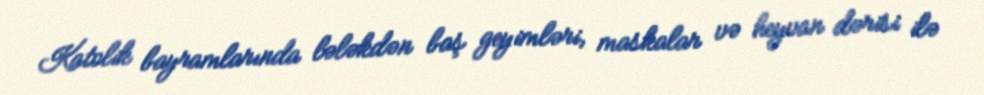
Katolik bayramlarında lələkdən baş geyimləri, maskalar və heyvan dərisi ilə